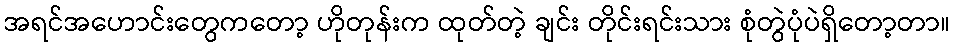
အရင်အဟောင်းတွေကတော့ ဟိုတုန်းက ထုတ်တဲ့ ချင်း တိုင်းရင်းသား စုံတွဲပုံပဲရှိတော့တာ။